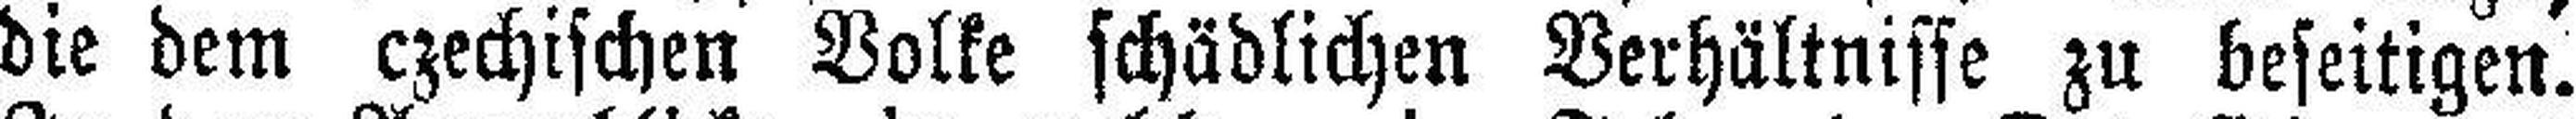
die dem czechischen Volke schädlichen Verhältnisse zu beseitigen.